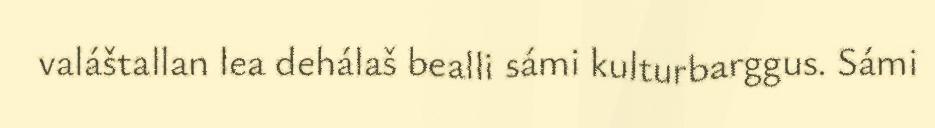
valáštallan lea dehálaš bealli sámi kulturbarggus. Sámi